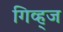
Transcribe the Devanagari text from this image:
गिव्ह्‌ज